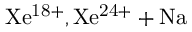
\mathrm { X e ^ { 1 8 + } , X e ^ { 2 4 + } + N a }